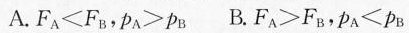
A.$$F _ { A } < F _ { B }$$，$$p _ { A } ＞ p _ { B }$$ B.$$F _ { A } ＞ F _ { B }$$，$$p _ { A } ＜ p _ { B }$$